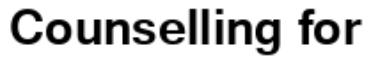
Counselling for